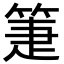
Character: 箑